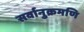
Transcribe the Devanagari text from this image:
सर्वानुक्रमणि